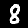
Digit: 8